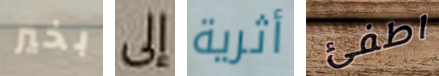
بخير إلى أثرية اطفئ